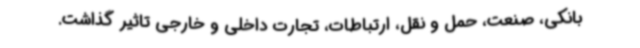
بانکی، صنعت، حمل و نقل، ارتباطات، تجارت داخلی و خارجی تاثیر گذاشت.